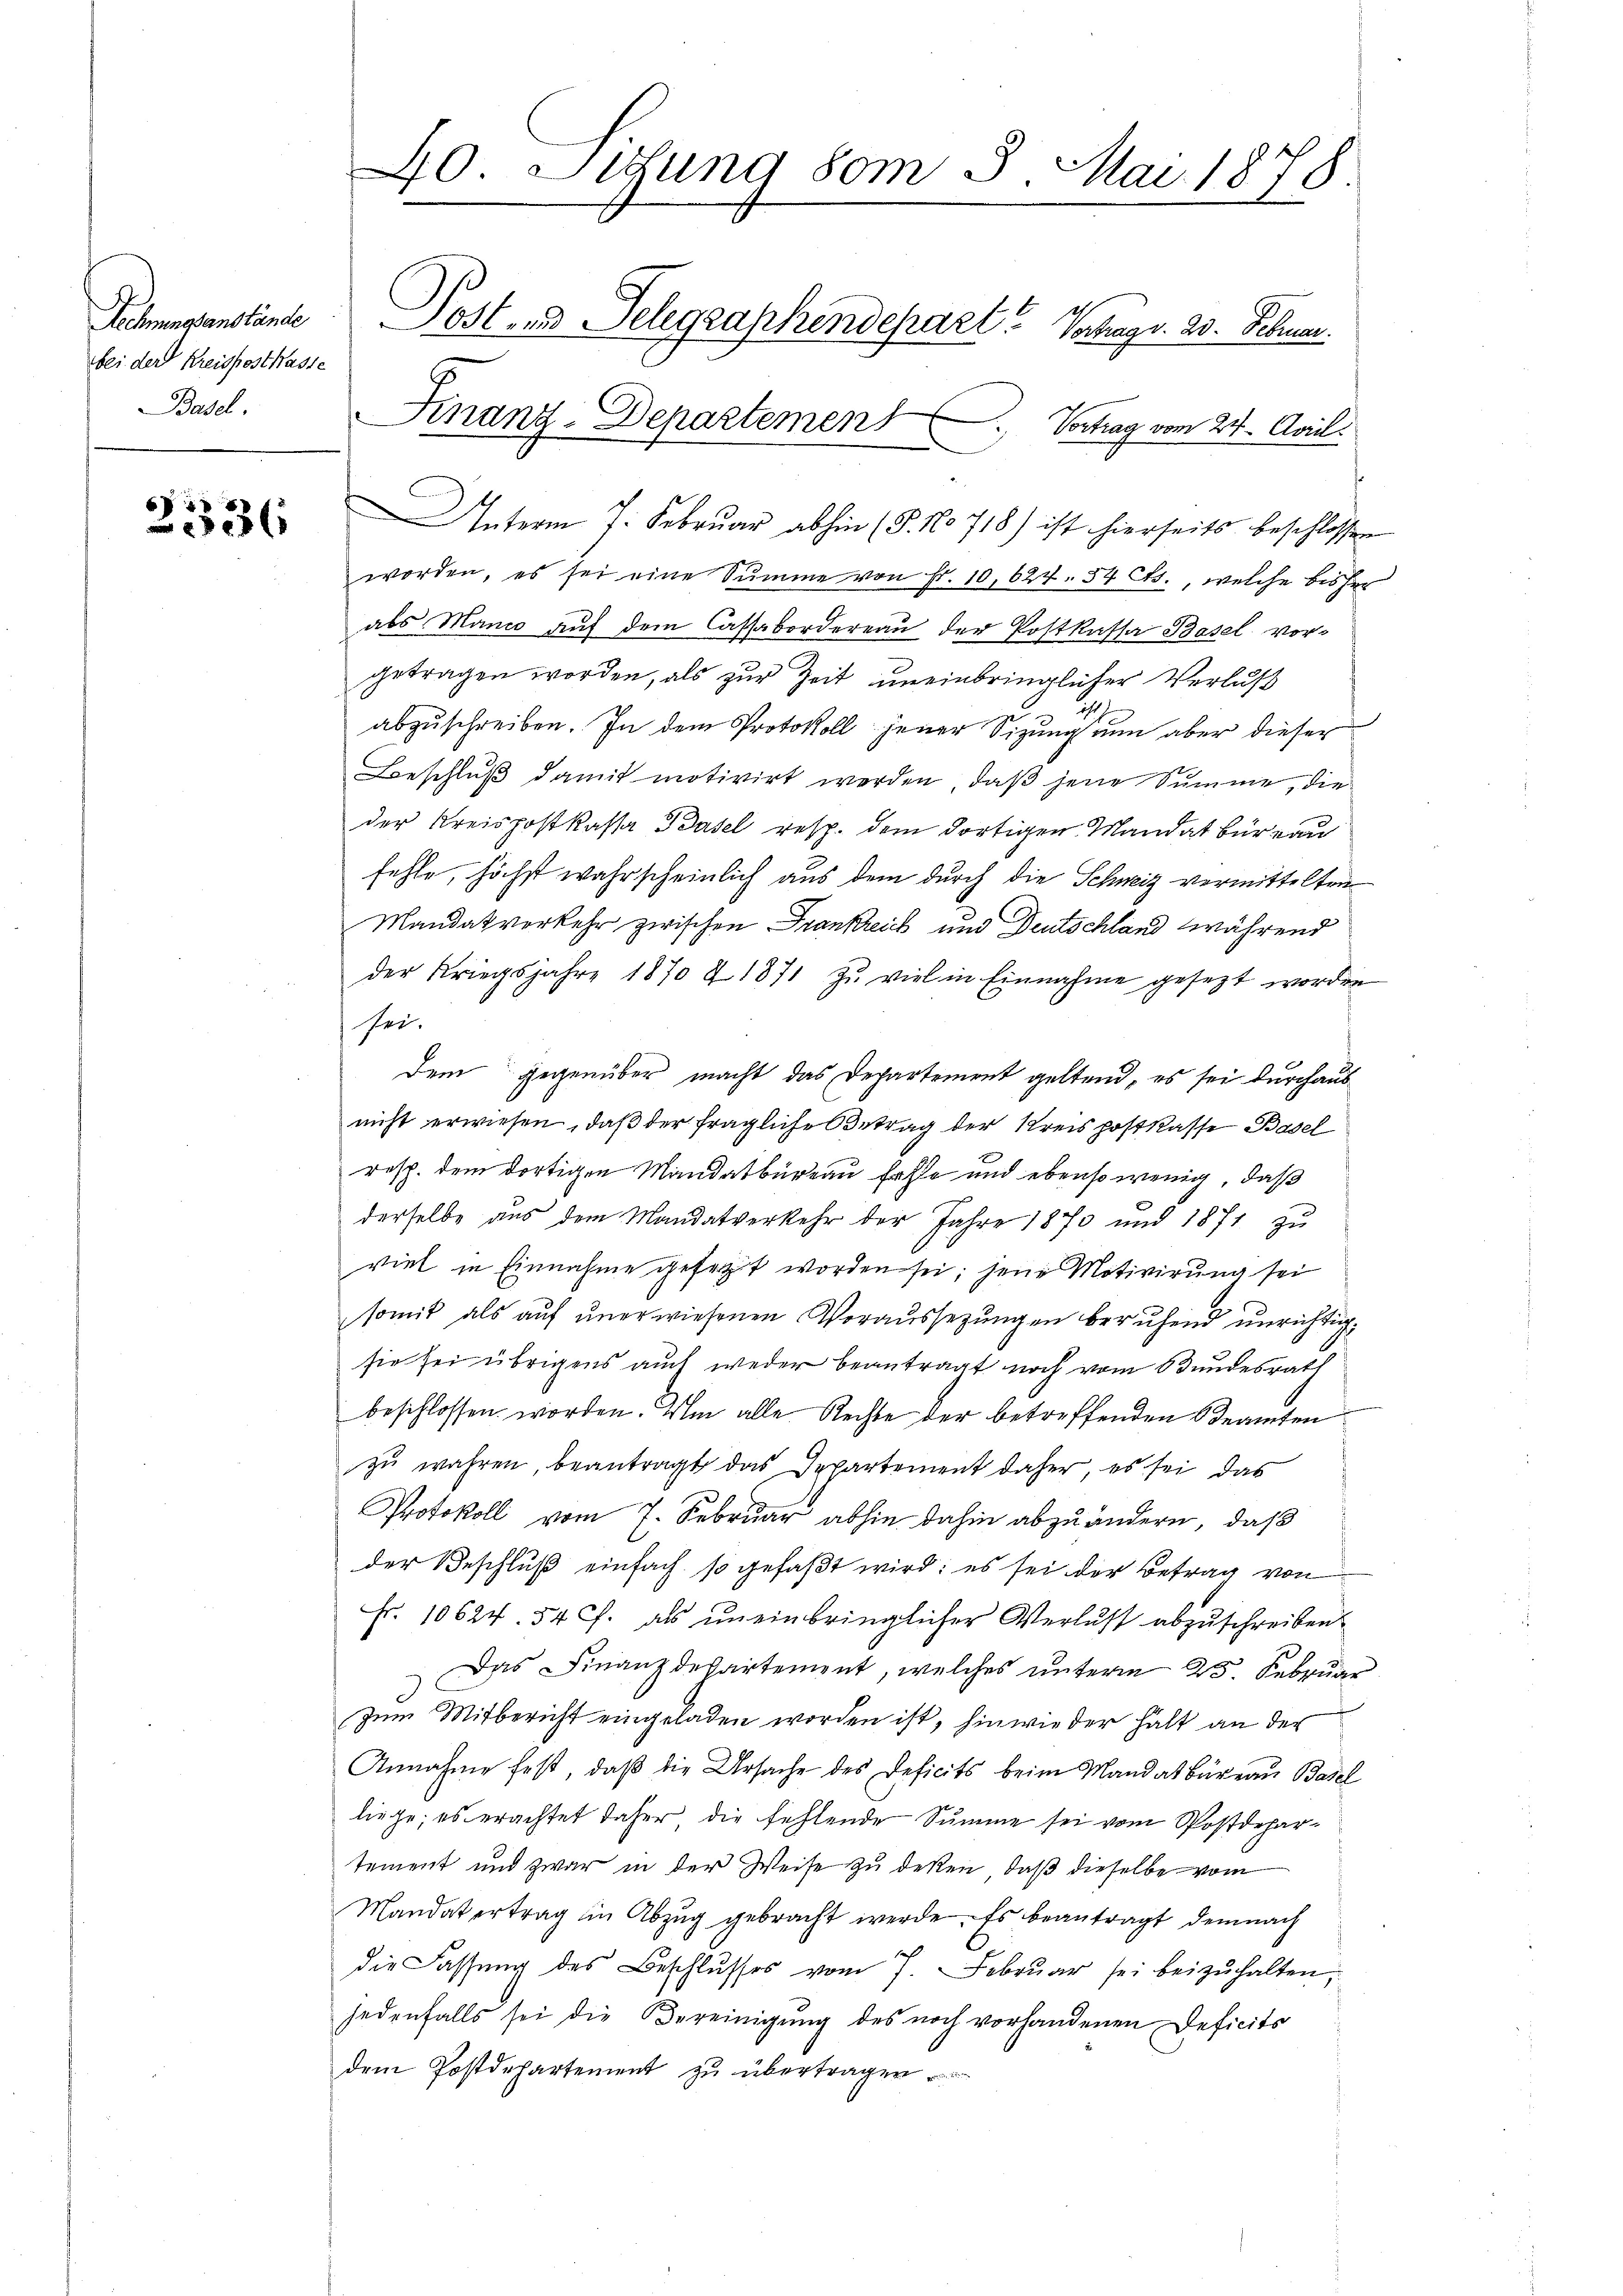
Rechnungsanstände
bei der Kreispost Wasse
Basel.

6
23

Unterm 7. Febrŭar abhin (§. No 718) ist hierseits beschlossen
worden, es sei eine Summe von Fr. 10, 624. 54 Cts., welche bisher
abs Manco aŭf dem Cassabordereau der Postkassa Basel vorgetragen worden, als zur Zeit uneinbringlicher Verlus
abzuschreiben. In dem Protokoll jener Sizung nun aber dieser
Beschluß damit motivirt werden, daß jene Summe, die
der Kreispostkassa Basel resp. dem dortigen Mandat für von
fehle, höchst wahrscheinlich aus dem durch die Schweiz vermittelten
Mandat vorkehr zwischen Frankreich und Deutschland während
der Kriegsjahre 1870 & 1871 zu viel in Einnahme gesezt worden
sei.
Dem gegenüber macht das Departement geltend, es sei durchausnicht erwiesen, daß der fragliche Betrag der Kreispostkasse Basel
resp. dem dortigen Mandatbüreau fehle und ebenso wenig, daß
derselbe aŭs dem Mandatverkehr der Jahre 1870 und 1871 zŭ
viel in Einnahme gefaßt worden sei; jene Motivirung sei
somit als auf unerwiesenen Voraussezungen berufend unrichtigsie sei übrigens auch weder beantragt noch vom Bundesrath
beschlossen worden. Um alle Rechte der betreffenden Beamten
zŭ wahren, beantragt das Departement daher, es sei das
Protokoll vom 7. Februar abhin dahin abzuändern, daß
der Beschluß einfach so gefaßt wird; es sei der Betrag von
Fr. 10624. 54 J. als uneinbringlicher Verlust abzuschreiben
Das Finanzdepartement, welches unterm 25. Februar
Zum Mitbericht eingeladen worden ist, hinwie der halt an der
Annahme fest, daß die Ursache des Deficits beim Mandat Büreau Basel
liege; es erachtet daher die fehlende Summe sei vom Postdepartement und zwar in der Weise zu deßen, daß dieselbe vom
Mandat ertrag in Abzŭg gebracht werde. Es beantragt demnach
die Fassung des Beschlŭsses vom 7. Febrŭar sei beizŭhalten,
jedenfalls sei die Vereinigung des noch vorhandenen Deficits
dem Postdepartement zu übertragen

40. Sitzung vom 8. Mai 1878.
Postend Telegraphendepart. Schag v. 23. Februar.
Finanz-Departemen Vortrag vom 24. April.